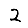
Digit: 2